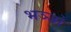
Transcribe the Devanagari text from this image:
भञ्जो